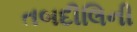
તબદીલિની